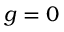
g = 0